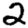
Digit: 2